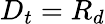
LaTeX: D_{t}=R_{d}